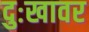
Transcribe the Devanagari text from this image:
दुःखावर